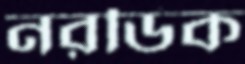
নরডিক